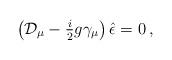
LaTeX: \begin{align*}\left({\cal D}_{\mu} -{\textstyle\frac{i}{2}}g \gamma_{\mu}\right)\hat{\epsilon}=0\, ,\end{align*}